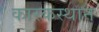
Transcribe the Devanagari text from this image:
कारकस्थान